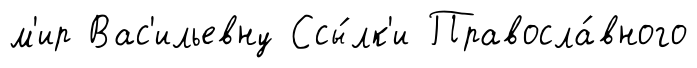
м'ир Вас'ильевну Ссы́лк'и Правосла́вного